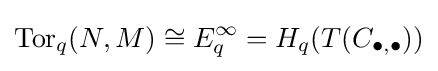
\operatorname {Tor} _{q}(N,M)\cong E_{q}^{\infty }=H_{q}(T(C_{\bullet ,\bullet }))